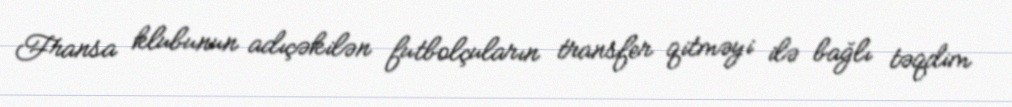
Fransa klubunun adıçəkilən futbolçuların transfer qitməyi ilə bağlı təqdim